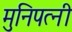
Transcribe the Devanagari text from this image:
मुनिपत्‍नी